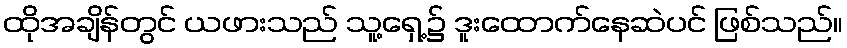
ထိုအချိန်တွင် ယဖားသည် သူ့ရှေ့၌ ဒူးထောက်နေဆဲပင် ဖြစ်သည်။